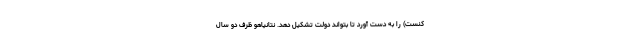
کنست) را به دست آورد تا بتواند دولت تشکیل دهد. نتانیاهو ظرف دو سال